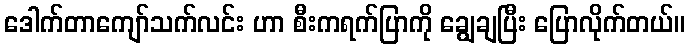
ဒေါက်တာကျော်သက်လင်း ဟာ စီးကရက်ပြာကို ချွေချပြီး ပြောလိုက်တယ်။